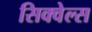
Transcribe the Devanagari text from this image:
सिक्वेल्स